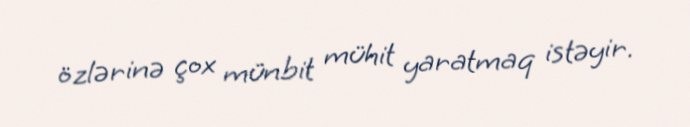
özlərinə çox münbit mühit yaratmaq istəyir.